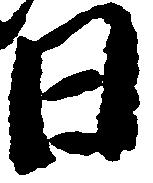
日